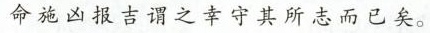
命施凶报吉谓之幸守其所志而已矣。